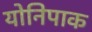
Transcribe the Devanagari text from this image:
योनिपाक